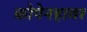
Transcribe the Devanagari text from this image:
कोपेनहावर